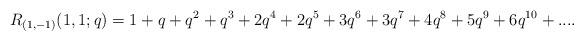
LaTeX: \begin{align*}R_{(1,-1)}(1,1;q) = 1 + q + q^2 + q^3 + 2q^4 + 2q^5 + 3q^6 + 3q^7 + 4q^8 + 5q^9 + 6q^{10} + ....\end{align*}